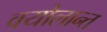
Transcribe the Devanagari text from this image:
वयोलान्त